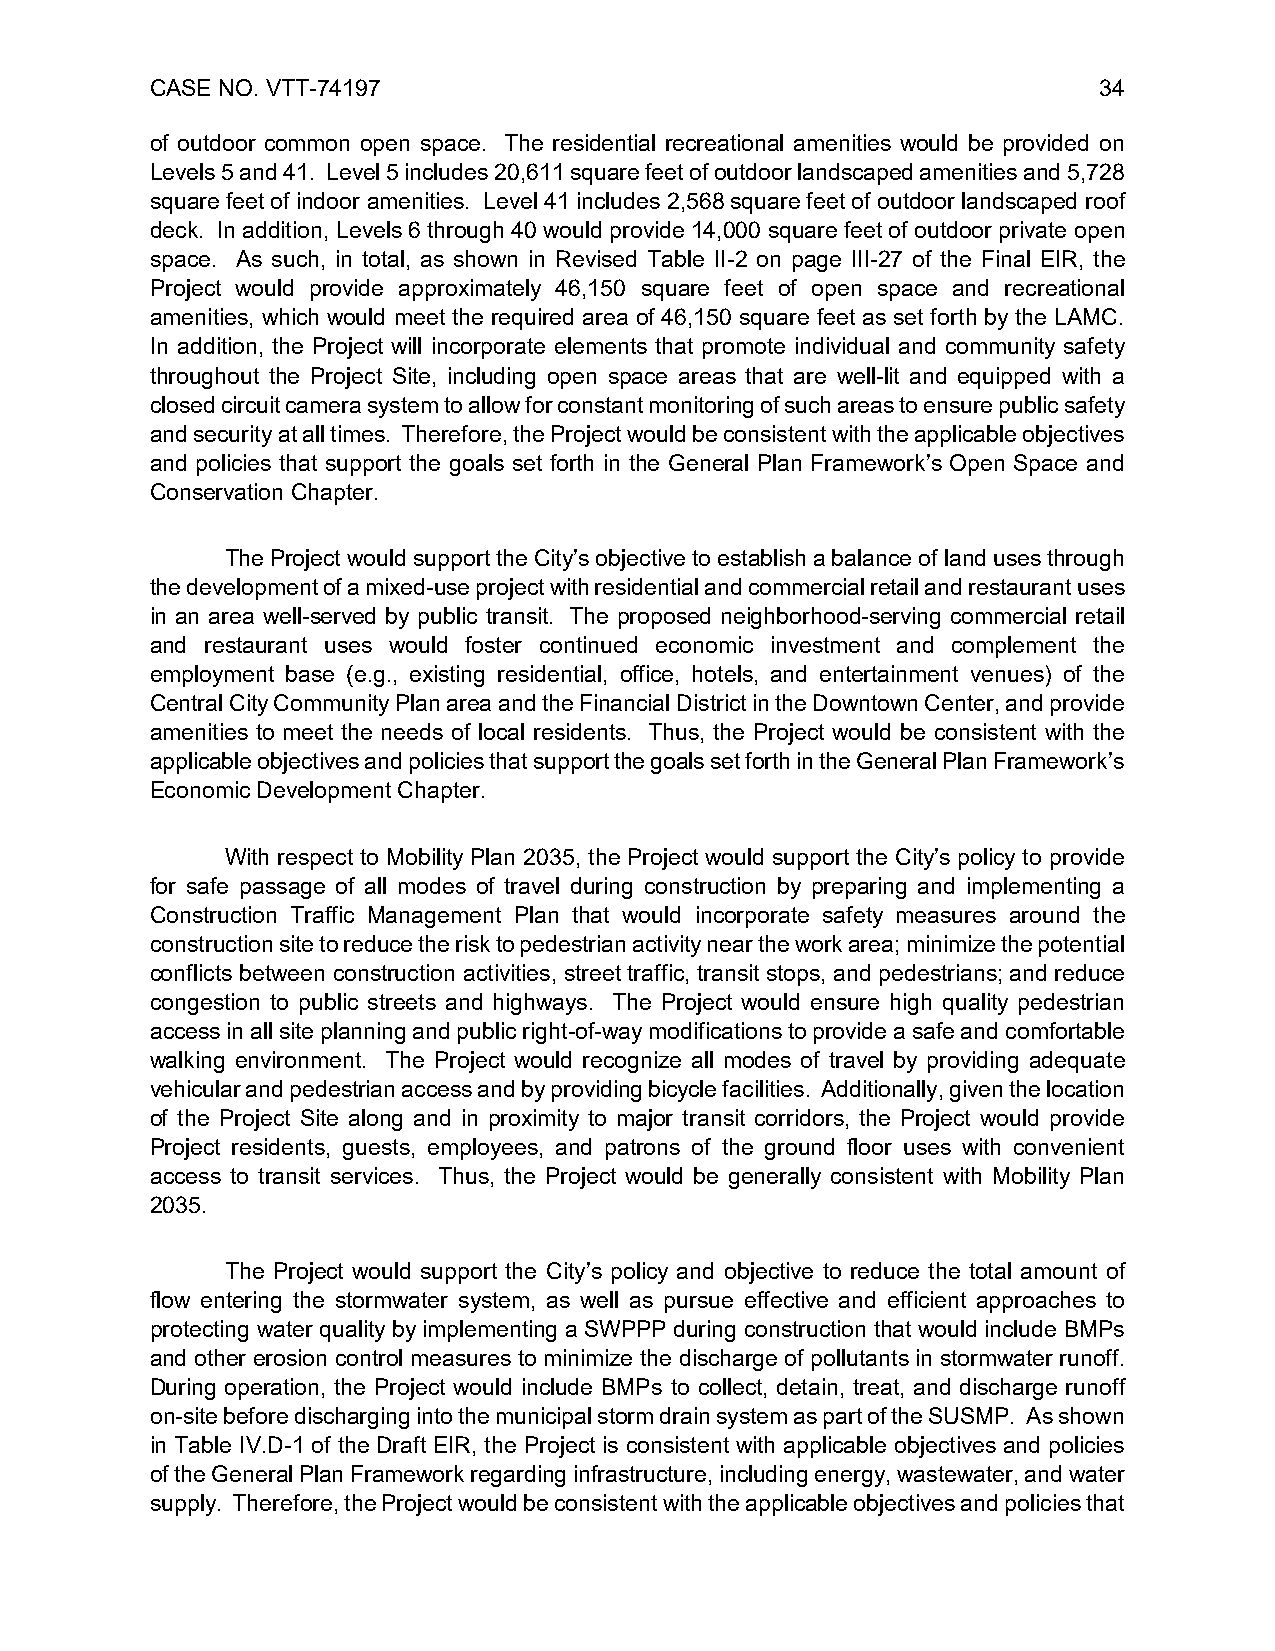
CASE NO. VTT-74197                                             34
 of outdoor common open space. The residential recreational amenities would be provided on
 Levels 5 and 41. Level 5 includes 20,611 square feet of outdoor landscaped amenities and 5,728
 square feet of indoor amenities. Level 41 includes 2,568 square feet of outdoor landscaped roof
 deck. In addition, Levels 6 through 40 would provide 14,000 square feet of outdoor private open
 space. As such, in total, as shown in Revised Table II-2 on page III-27 of the Final EIR, the
 Project would provide approximately 46,150 square feet of open space and recreational
 amenities, which would meet the required area of 46,150 square feet as set forth by the LAMC.
 In addition, the Project will incorporate elements that promote individual and community safety
 throughout the Project Site, including open space areas that are well-lit and equipped with a
 closed circuit camera system to allow for constant monitoring of such areas to ensure public safety
 and security at all times. Therefore, the Project would be consistent with the applicable objectives
 and policies that support the goals set forth in the General Plan Framework’s Open Space and
 Conservation Chapter.
 The Project would support the City’s objective to establish a balance of land uses through
 the development of a mixed-use project with residential and commercial retail and restaurant uses
 in an area well-served by public transit. The proposed neighborhood-serving commercial retail
 and restaurant uses would foster continued economic investment and complement the
 employment base (e.g., existing residential, office, hotels, and entertainment venues) of the
 Central City Community Plan area and the Financial District in the Downtown Center, and provide
 amenities to meet the needs of local residents. Thus, the Project would be consistent with the
 applicable objectives and policies that support the goals set forth in the General Plan Framework’s
 Economic Development Chapter.
 With respect to Mobility Plan 2035, the Project would support the City’s policy to provide
 for safe passage of all modes of travel during construction by preparing and implementing a
 Construction Traffic Management Plan that would incorporate safety measures around the
 construction site to reduce the risk to pedestrian activity near the work area; minimize the potential
 conflicts between construction activities, street traffic, transit stops, and pedestrians; and reduce
 congestion to public streets and highways. The Project would ensure high quality pedestrian
 access in all site planning and public right-of-way modifications to provide a safe and comfortable
 walking environment. The Project would recognize all modes of travel by providing adequate
 vehicular and pedestrian access and by providing bicycle facilities. Additionally, given the location
 of the Project Site along and in proximity to major transit corridors, the Project would provide
 Project residents, guests, employees, and patrons of the ground floor uses with convenient
 access to transit services. Thus, the Project would be generally consistent with Mobility Plan
 2035.
 The Project would support the City’s policy and objective to reduce the total amount of
 flow entering the stormwater system, as well as pursue effective and efficient approaches to
 protecting water quality by implementing a SWPPP during construction that would include BMPs
 and other erosion control measures to minimize the discharge of pollutants in stormwater runoff.
 During operation, the Project would include BMPs to collect, detain, treat, and discharge runoff
 on-site before discharging into the municipal storm drain system as part of the SUSMP. As shown
 in Table IV.D-1 of the Draft EIR, the Project is consistent with applicable objectives and policies
 of the General Plan Framework regarding infrastructure, including energy, wastewater, and water
 supply. Therefore, the Project would be consistent with the applicable objectives and policies that